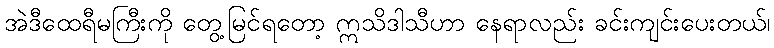
အဲဒီထေရီမကြီးကို တွေ့မြင်ရတော့ ဣသိဒါသီဟာ နေရာလည်း ခင်းကျင်းပေးတယ်၊